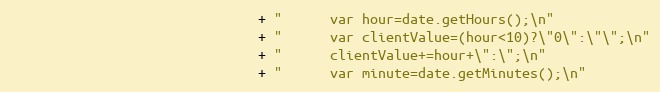
Language: Java
							   + "      var hour=date.getHours();\n"
							   + "      var clientValue=(hour<10)?\"0\":\"\";\n"
							   + "      clientValue+=hour+\":\";\n"
							   + "      var minute=date.getMinutes();\n"